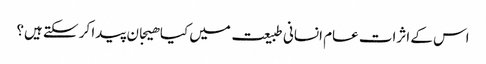
اس کے اثرات عام انسانی طبیعت میں کیا ھیجان پیدا کر سکتے ہیں؟